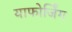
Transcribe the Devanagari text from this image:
याफोर्जिंग